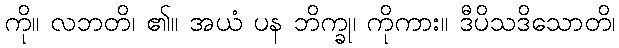
ကို။ လဘတိ၊ ၏။ အယံ ပန ဘိက္ခု၊ ကိုကား။ ဒီပိသဒိသောတိ၊